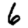
Digit: 6